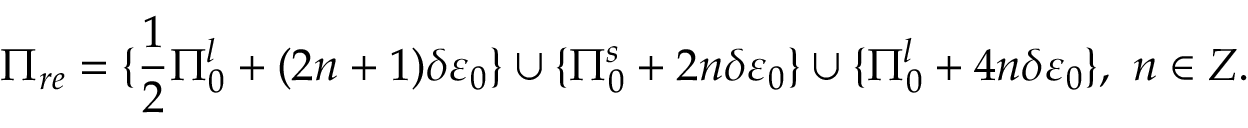
\Pi _ { r e } = \{ \frac { 1 } { 2 } \Pi _ { 0 } ^ { l } + ( 2 n + 1 ) \delta \varepsilon _ { 0 } \} \cup \{ \Pi _ { 0 } ^ { s } + 2 n \delta \varepsilon _ { 0 } \} \cup \{ \Pi _ { 0 } ^ { l } + 4 n \delta \varepsilon _ { 0 } \} , \ n \in Z .